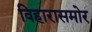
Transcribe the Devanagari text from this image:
विहारासमोर